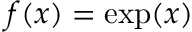
f ( x ) = \exp ( x )